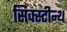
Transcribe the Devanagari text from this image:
सिक्स्टीन्थ